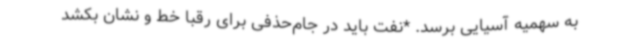
به سهمیه آسیایی برسد. *نفت باید در جام‌حذفی برای رقبا خط و نشان بکشد